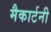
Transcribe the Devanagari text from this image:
मैकार्टनी